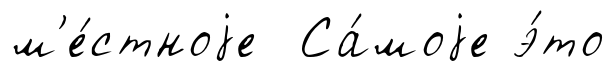
м'е́стноjе Са́моjе э́то